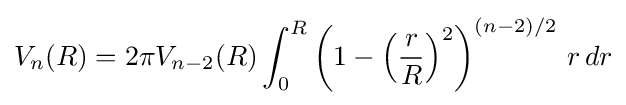
V_{n}(R)=2\pi V_{n-2}(R)\int _{0}^{R}\left(1-\left({\frac {r}{R}}\right)^{2}\right)^{(n-2)/2}\,r\,dr